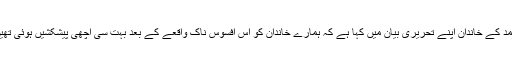
احمد کے خاندان اپنے تحریری بیان میں کہا ہے کہ ہمارے خاندان کو اس افسوس ناک واقعے کے بعد بہت سی اچھی پیشکشیں ہوئی تھیں۔